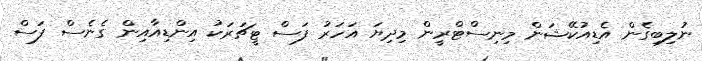
ނުލިބިގެން އެޑިއުކޭޝަން މިނިސްޓްރީން މިިދިޔަ އަހަރު ފަސް ޓީޗަރަކު އިންޑިއާއިން ގެނެސް ފަސް